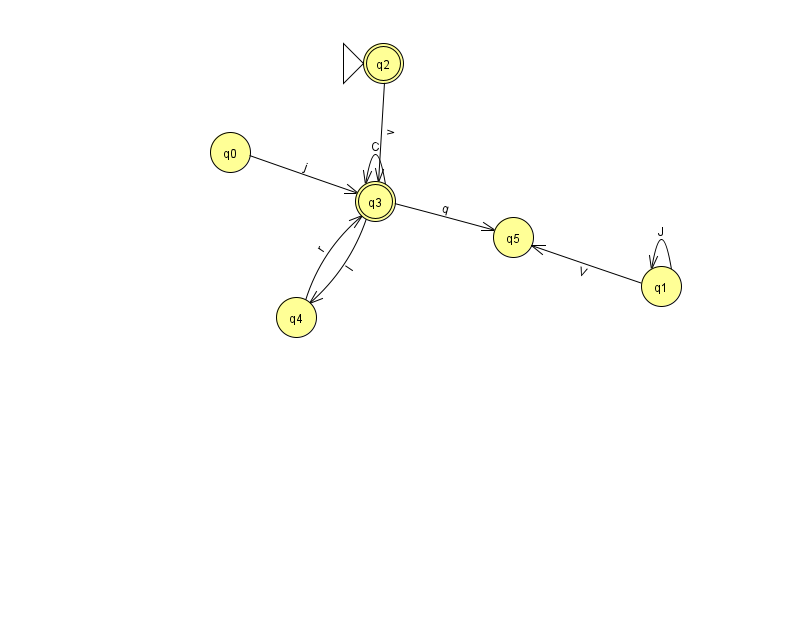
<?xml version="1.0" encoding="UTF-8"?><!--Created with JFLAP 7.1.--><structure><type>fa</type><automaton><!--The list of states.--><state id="0" name="q0"><x>230.0</x><y>139.0</y></state><state id="1" name="q1"><x>661.0</x><y>273.0</y></state><state id="2" name="q2"><x>383.0</x><y>50.0</y><initial/><final/></state><state id="3" name="q3"><x>375.0</x><y>188.0</y><final/></state><state id="4" name="q4"><x>296.0</x><y>304.0</y></state><state id="5" name="q5"><x>513.0</x><y>224.0</y></state><!--The list of transitions.--><transition><from>4</from><to>3</to><read>r</read></transition><transition><from>3</from><to>3</to><read>C</read></transition><transition><from>0</from><to>3</to><read>j</read></transition><transition><from>2</from><to>3</to><read>v</read></transition><transition><from>1</from><to>1</to><read>J</read></transition><transition><from>1</from><to>5</to><read>V</read></transition><transition><from>3</from><to>5</to><read>q</read></transition><transition><from>3</from><to>4</to><read>l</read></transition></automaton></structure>